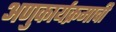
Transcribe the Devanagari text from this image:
अणुकार्यक्रमाची